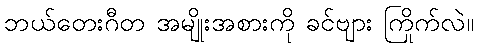
ဘယ်တေးဂီတ အမျိုးအစားကို ခင်ဗျား ကြိုက်လဲ။